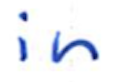
Text: in
Cross-out: clean
Writing tool: ballpoint